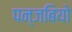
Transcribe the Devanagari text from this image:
पन्जबियो